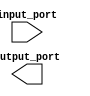
module task_block (
    input [7:0] input_port,
    output reg [7:0] output_port
);

task generate_tasks;
begin
    // Task code goes here
    // Include conditionals, loops, and control structures as needed
end
endtask

initial begin
    // Sequential execution of tasks
    generate_tasks;
end

endmodule